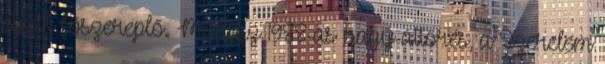
egyik főszereplő. Már az 1988-as nagy áttörés, a Szerelem